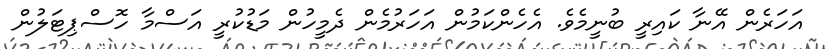
އަހަރެން އޭނާ ކައިރީ ބުނީމެވެ. އެހެންކަމުން އަހަރުމެން ދެމީހުން މަޑުކުރީ އަސްމާ ހޮސްޕިޓަލުން